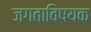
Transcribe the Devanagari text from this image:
जगताविषयक